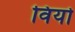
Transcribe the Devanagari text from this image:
विर्यो